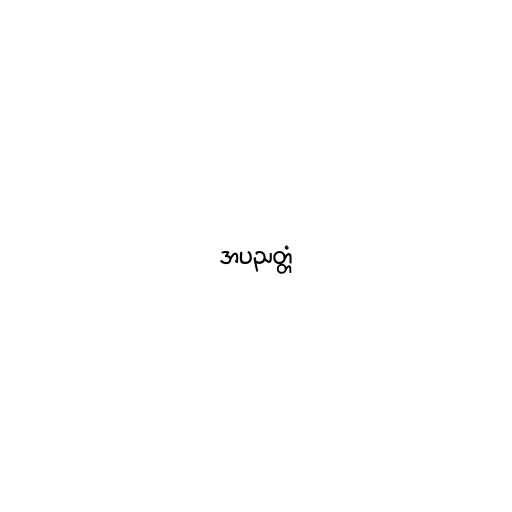
အပညတ္တံ